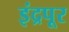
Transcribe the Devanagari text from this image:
इंद्रपूर